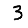
Digit: 3